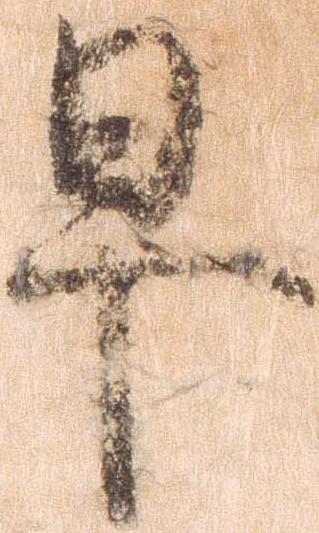
早